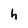
Character: h